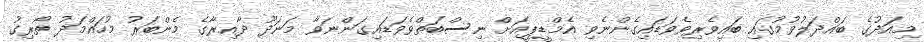
މިއަދުގެ ބައްދަލުވުމުގައި ބައިވެރިވެވަޑައިގެންނެވި އެމްޑީޕީއަށް ނިސްބަތްވެވަޑައިގަންނަވާ މަނަދޫ ދާއިރާގެ މެންބަރު މުހައްމަދު ތޯރިގު